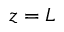
z = L